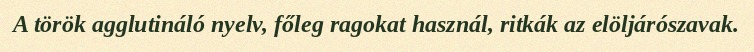
A török agglutináló nyelv, főleg ragokat használ, ritkák az elöljárószavak.